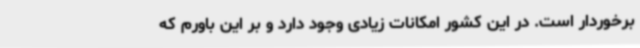
برخوردار است. در این کشور امکانات زیادی وجود دارد و بر این باورم که